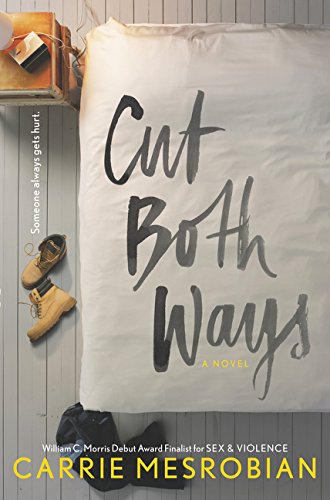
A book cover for Cut Both Ways; Carrie Mesrobian; Teen & Young Adult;